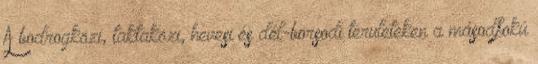
A bodrogközi, taktaközi, hevesi és dél-borsodi területeken a másodfokú